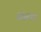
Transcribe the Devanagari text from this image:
आज़मा